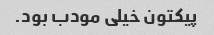
پیکتون خیلی مودب بود.